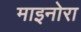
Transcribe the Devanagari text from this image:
माइनोरा